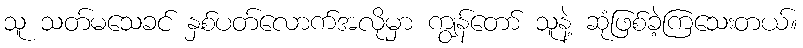
သူ သတ်မသေခင် နှစ်ပတ်လောက်အလိုမှာ ကျွန်တော် သူနဲ့ ဆုံဖြစ်ခဲ့ကြသေးတယ်။